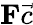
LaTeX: \mathbf{F}\vec{c}